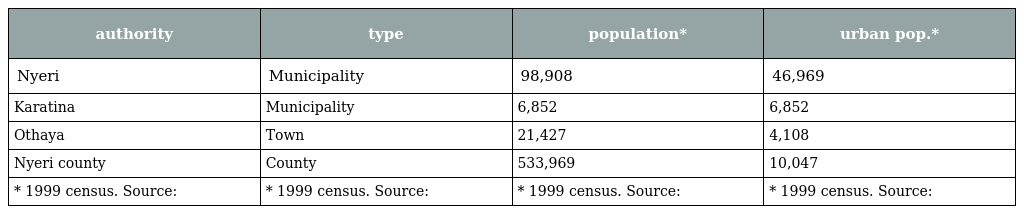
| authority | type | population* | urban pop.* |
 | --- | --- | --- | --- |
 | Nyeri | Municipality | 98,908 | 46,969 |
 | Karatina | Municipality | 6,852 | 6,852 |
 | Othaya | Town | 21,427 | 4,108 |
 | Nyeri county | County | 533,969 | 10,047 |
 | * 1999 census. Source: | * 1999 census. Source: | * 1999 census. Source: | * 1999 census. Source: |